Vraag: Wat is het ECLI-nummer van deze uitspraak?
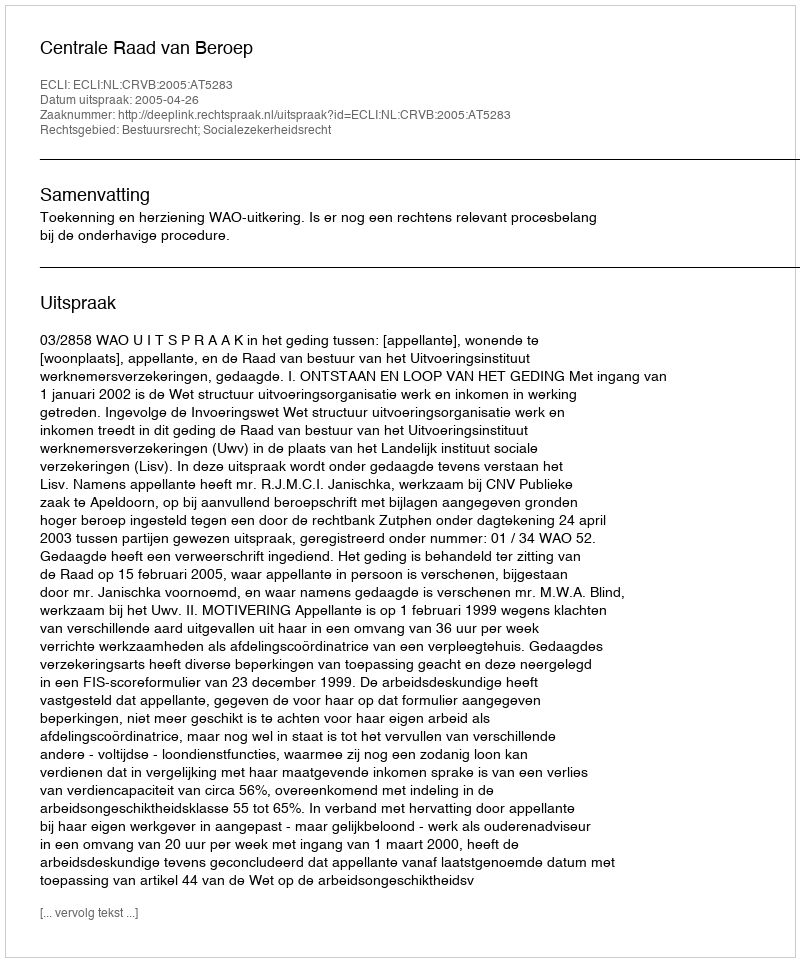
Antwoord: ECLI:NL:CRVB:2005:AT5283